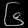
Digit: ၆